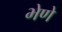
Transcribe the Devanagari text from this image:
भेणे